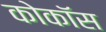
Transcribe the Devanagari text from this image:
कोकॉस